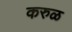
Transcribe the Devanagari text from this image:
करुळ